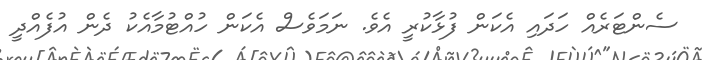
ސެންޓަރެއް ހަދައި އެކަން ފުޅާކުރީ އެވެ. ނަމަވެސް އެކަން ހުއްޓުމާއެކު ދެން އުފެއްދީ